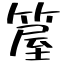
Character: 箼